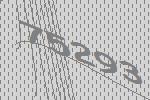
75293